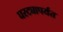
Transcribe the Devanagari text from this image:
घरट्यापर्यंत